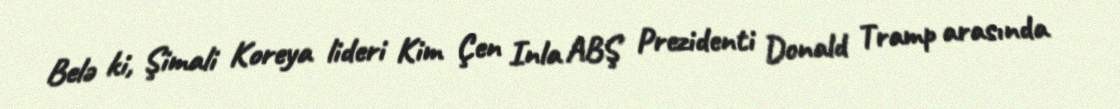
Belə ki, Şimali Koreya lideri Kim Çen Inla ABŞ Prezidenti Donald Tramp arasında